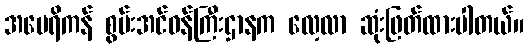
အမေရိကန် စွမ်းအင်ဝန်ကြီးဌာနက လေ့လာ ဆုံးဖြတ်ထားပါတယ်။